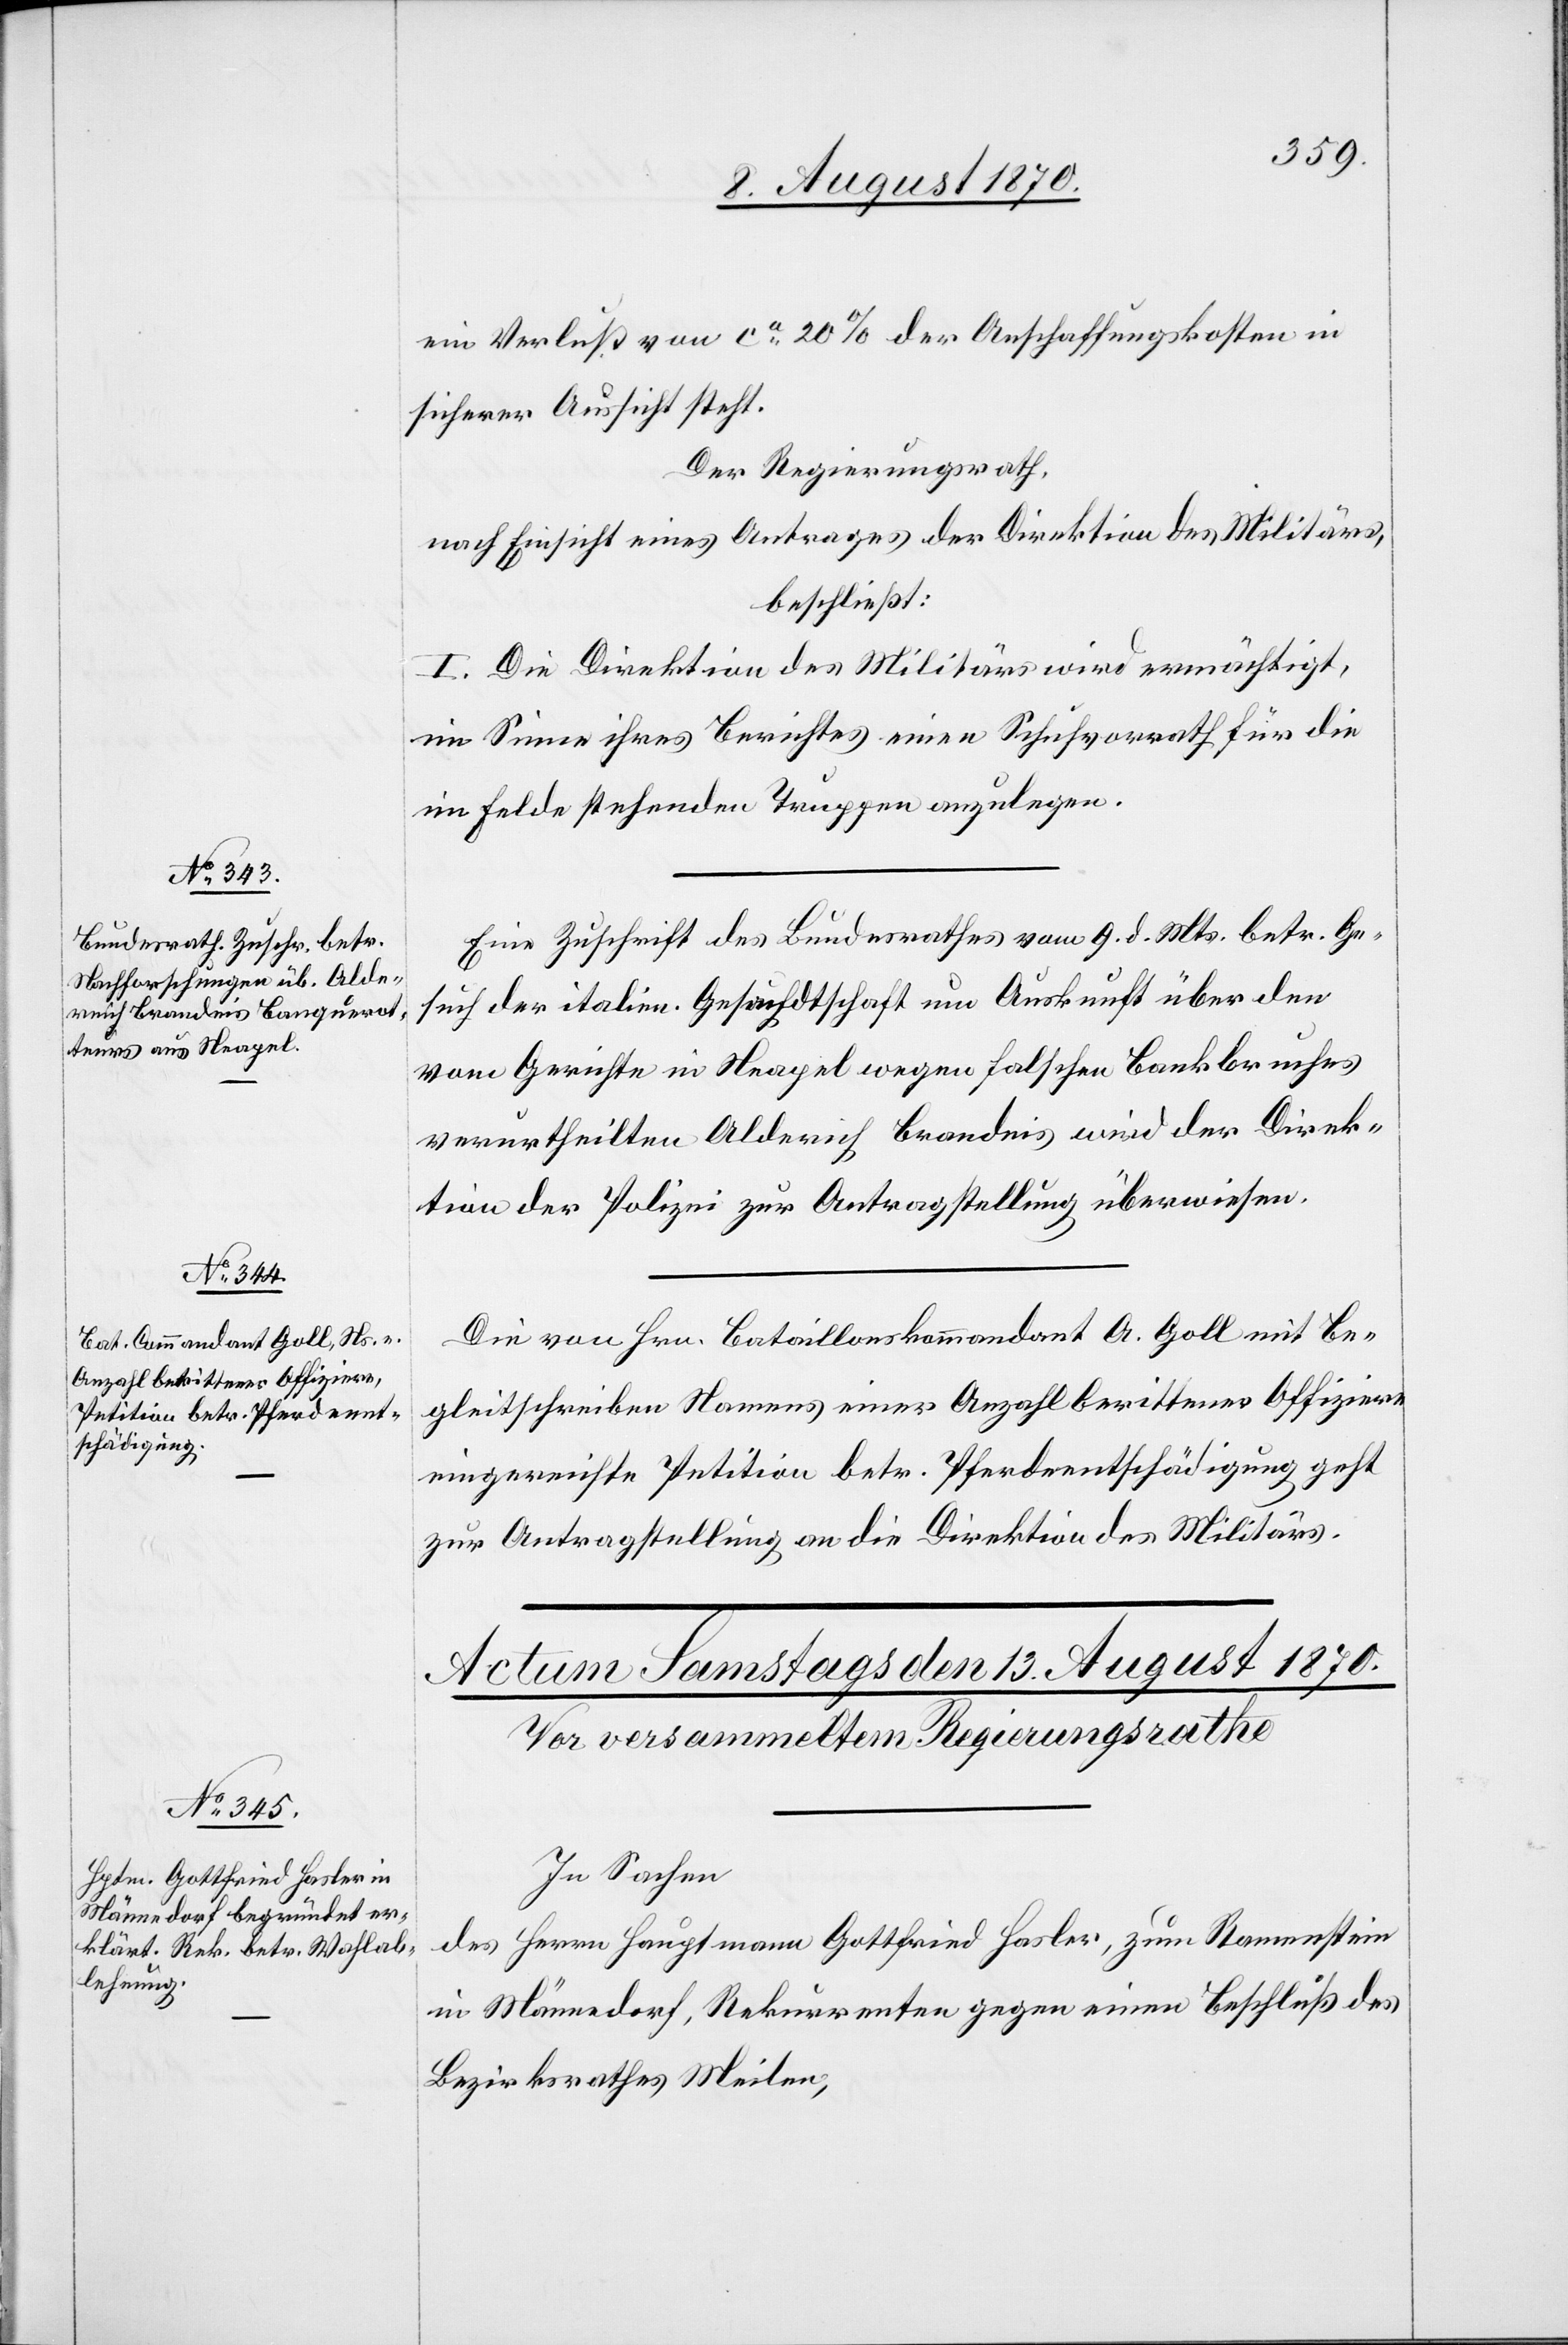
12. August 1870.]
ein Verlust von ca 20% der Anschaffungskosten in
sicherer Aussicht steht.
Der Regierungsrath,
nach Einsicht eines Antrages der Direktion des Militärs,
beschließt:
[sic!] Die Direktion des Militärs wird ermächtigt,
im Sinne ihres Berichtes einen Schuhvorrath für die
im Felde stehenden Truppen anzulegen.
Eine Zuschrift des Bundesrathes vom 9. d. Mts. betr. Ge¬
such der italien. Gesandtschaft um Auskunft über den
vom Gerichte in Neapel wegen falschen Bankbruches
verurtheilten Alderich Brandis wird der Direk¬
tion der Polizei zur Antragstellung überwiesen.
Die von Hrn. Bataillonskommandant A. Goll mit Be¬
gleitschreiben Namens einer Anzahl berittener Offiziere
eingereichte Petition betr. Pferdeentschädigung geht
zur Antragstellung an die Direktion des Militärs.
In Sachen
des Herrn Hauptmann Gottfried Hasler, zum Ramenstein
in Männedorf, Rekurrenten gegen einen Beschluß des
Bezirksrathes Meilen,